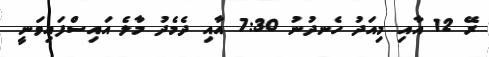
ރޭ 12 އާއި މިއަދު ހެނދުނު 7:30 އާއި ދެމެދު މާލެ އައިސްފައިވަނީ